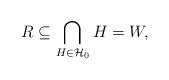
LaTeX: \begin{align*}R\subseteq\bigcap_{H\in\mathcal{H}_0} H =W,\end{align*}